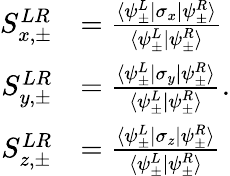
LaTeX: \begin{array}{rl}{S_{x,\pm}^{LR}}&{=\frac{\langle\psi_{\pm}^{L}|\sigma_{x}|\psi_{\pm}^{R}\rangle}{\langle\psi_{\pm}^{L}|\psi_{\pm}^{R}\rangle}}\\ {S_{y,\pm}^{LR}}&{=\frac{\langle\psi_{\pm}^{L}|\sigma_{y}|\psi_{\pm}^{R}\rangle}{\langle\psi_{\pm}^{L}|\psi_{\pm}^{R}\rangle}}\\ {S_{z,\pm}^{LR}}&{=\frac{\langle\psi_{\pm}^{L}|\sigma_{z}|\psi_{\pm}^{R}\rangle}{\langle\psi_{\pm}^{L}|\psi_{\pm}^{R}\rangle}}\end{array}.